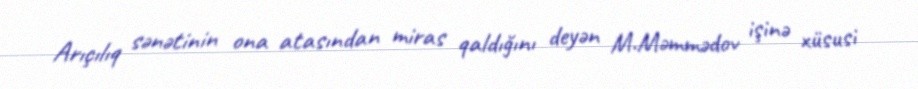
Arıçılıq sənətinin ona atasından miras qaldığını deyən M.Məmmədov işinə xüsusi